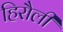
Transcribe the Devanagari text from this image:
हिरौली